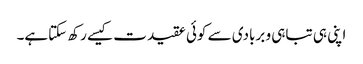
اپنی ہی تباہی و بربادی سے کوئی عقیدت کیسے رکھ سکتاہے۔